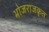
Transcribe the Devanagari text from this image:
भोजराजकृत